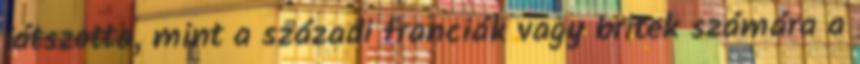
játszotta, mint a századi franciák vagy britek számára a